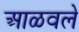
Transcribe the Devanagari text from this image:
आळवले